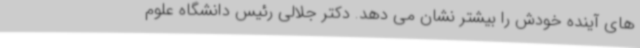
های آینده خودش را بیشتر نشان می دهد. دکتر جلالی رئیس دانشگاه علوم